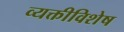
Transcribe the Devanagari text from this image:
व्यक्तीविशेष